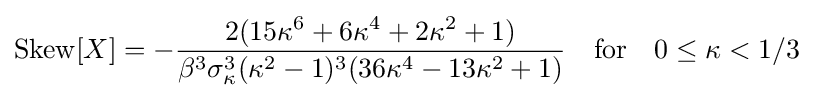
\operatorname {Skew} [X]=-{\frac {2(15\kappa ^{6}+6\kappa ^{4}+2\kappa ^{2}+1)}{\beta ^{3}\sigma _{\kappa }^{3}(\kappa ^{2}-1)^{3}(36\kappa ^{4}-13\kappa ^{2}+1)}}\quad {\text{for}}\quad 0\leq \kappa <1/3